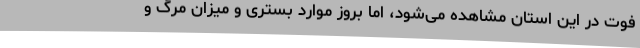
فوت در این استان مشاهده می‌شود، اما بروز موارد بستری و میزان مرگ و